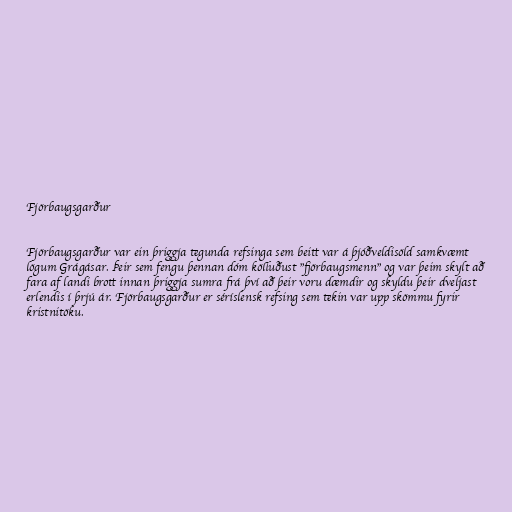
Fjörbaugsgarður

Fjörbaugsgarður var ein þriggja tegunda refsinga sem beitt var á þjóðveldisöld samkvæmt
lögum Grágásar. Þeir sem fengu þennan dóm kölluðust "fjörbaugsmenn" og var þeim skylt að
fara af landi brott innan þriggja sumra frá því að þeir voru dæmdir og skyldu þeir dveljast
erlendis í þrjú ár. Fjörbaugsgarður er séríslensk refsing sem tekin var upp skömmu fyrir
kristnitöku.